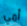
أمي